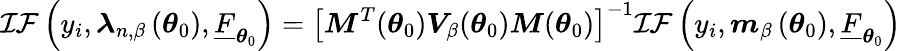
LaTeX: \mathcal{IF}\left(y_{i},\boldsymbol{\lambda}_{n,\beta}\left(\boldsymbol{\theta}_{0}\right),\underline{{F}}_{\boldsymbol{\theta}_{0}}\right)=\left[\boldsymbol{M}^{T}(\boldsymbol{\theta}_{0})\boldsymbol{V}_{\beta}(\boldsymbol{\theta}_{0})\boldsymbol{M}(\boldsymbol{\theta}_{0})\right]^{-1}\mathcal{IF}\left(y_{i},\boldsymbol{m}_{\beta}\left(\boldsymbol{\theta}_{0}\right),\underline{{F}}_{\boldsymbol{\theta}_{0}}\right)